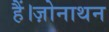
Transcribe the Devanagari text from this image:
हैं।ज़ोनाथन